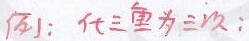
例：代三重为三次.